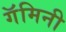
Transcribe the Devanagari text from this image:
गॅमिनी